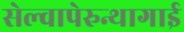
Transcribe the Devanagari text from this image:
सेल्वापेरुन्थागाई